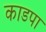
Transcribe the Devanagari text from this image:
काडपा